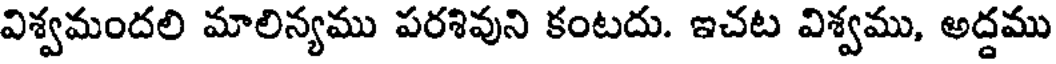
విశ్వమందలి మాలిన్యము పరశివుని కంటదు. ఇచట విశ్వము, అద్దము